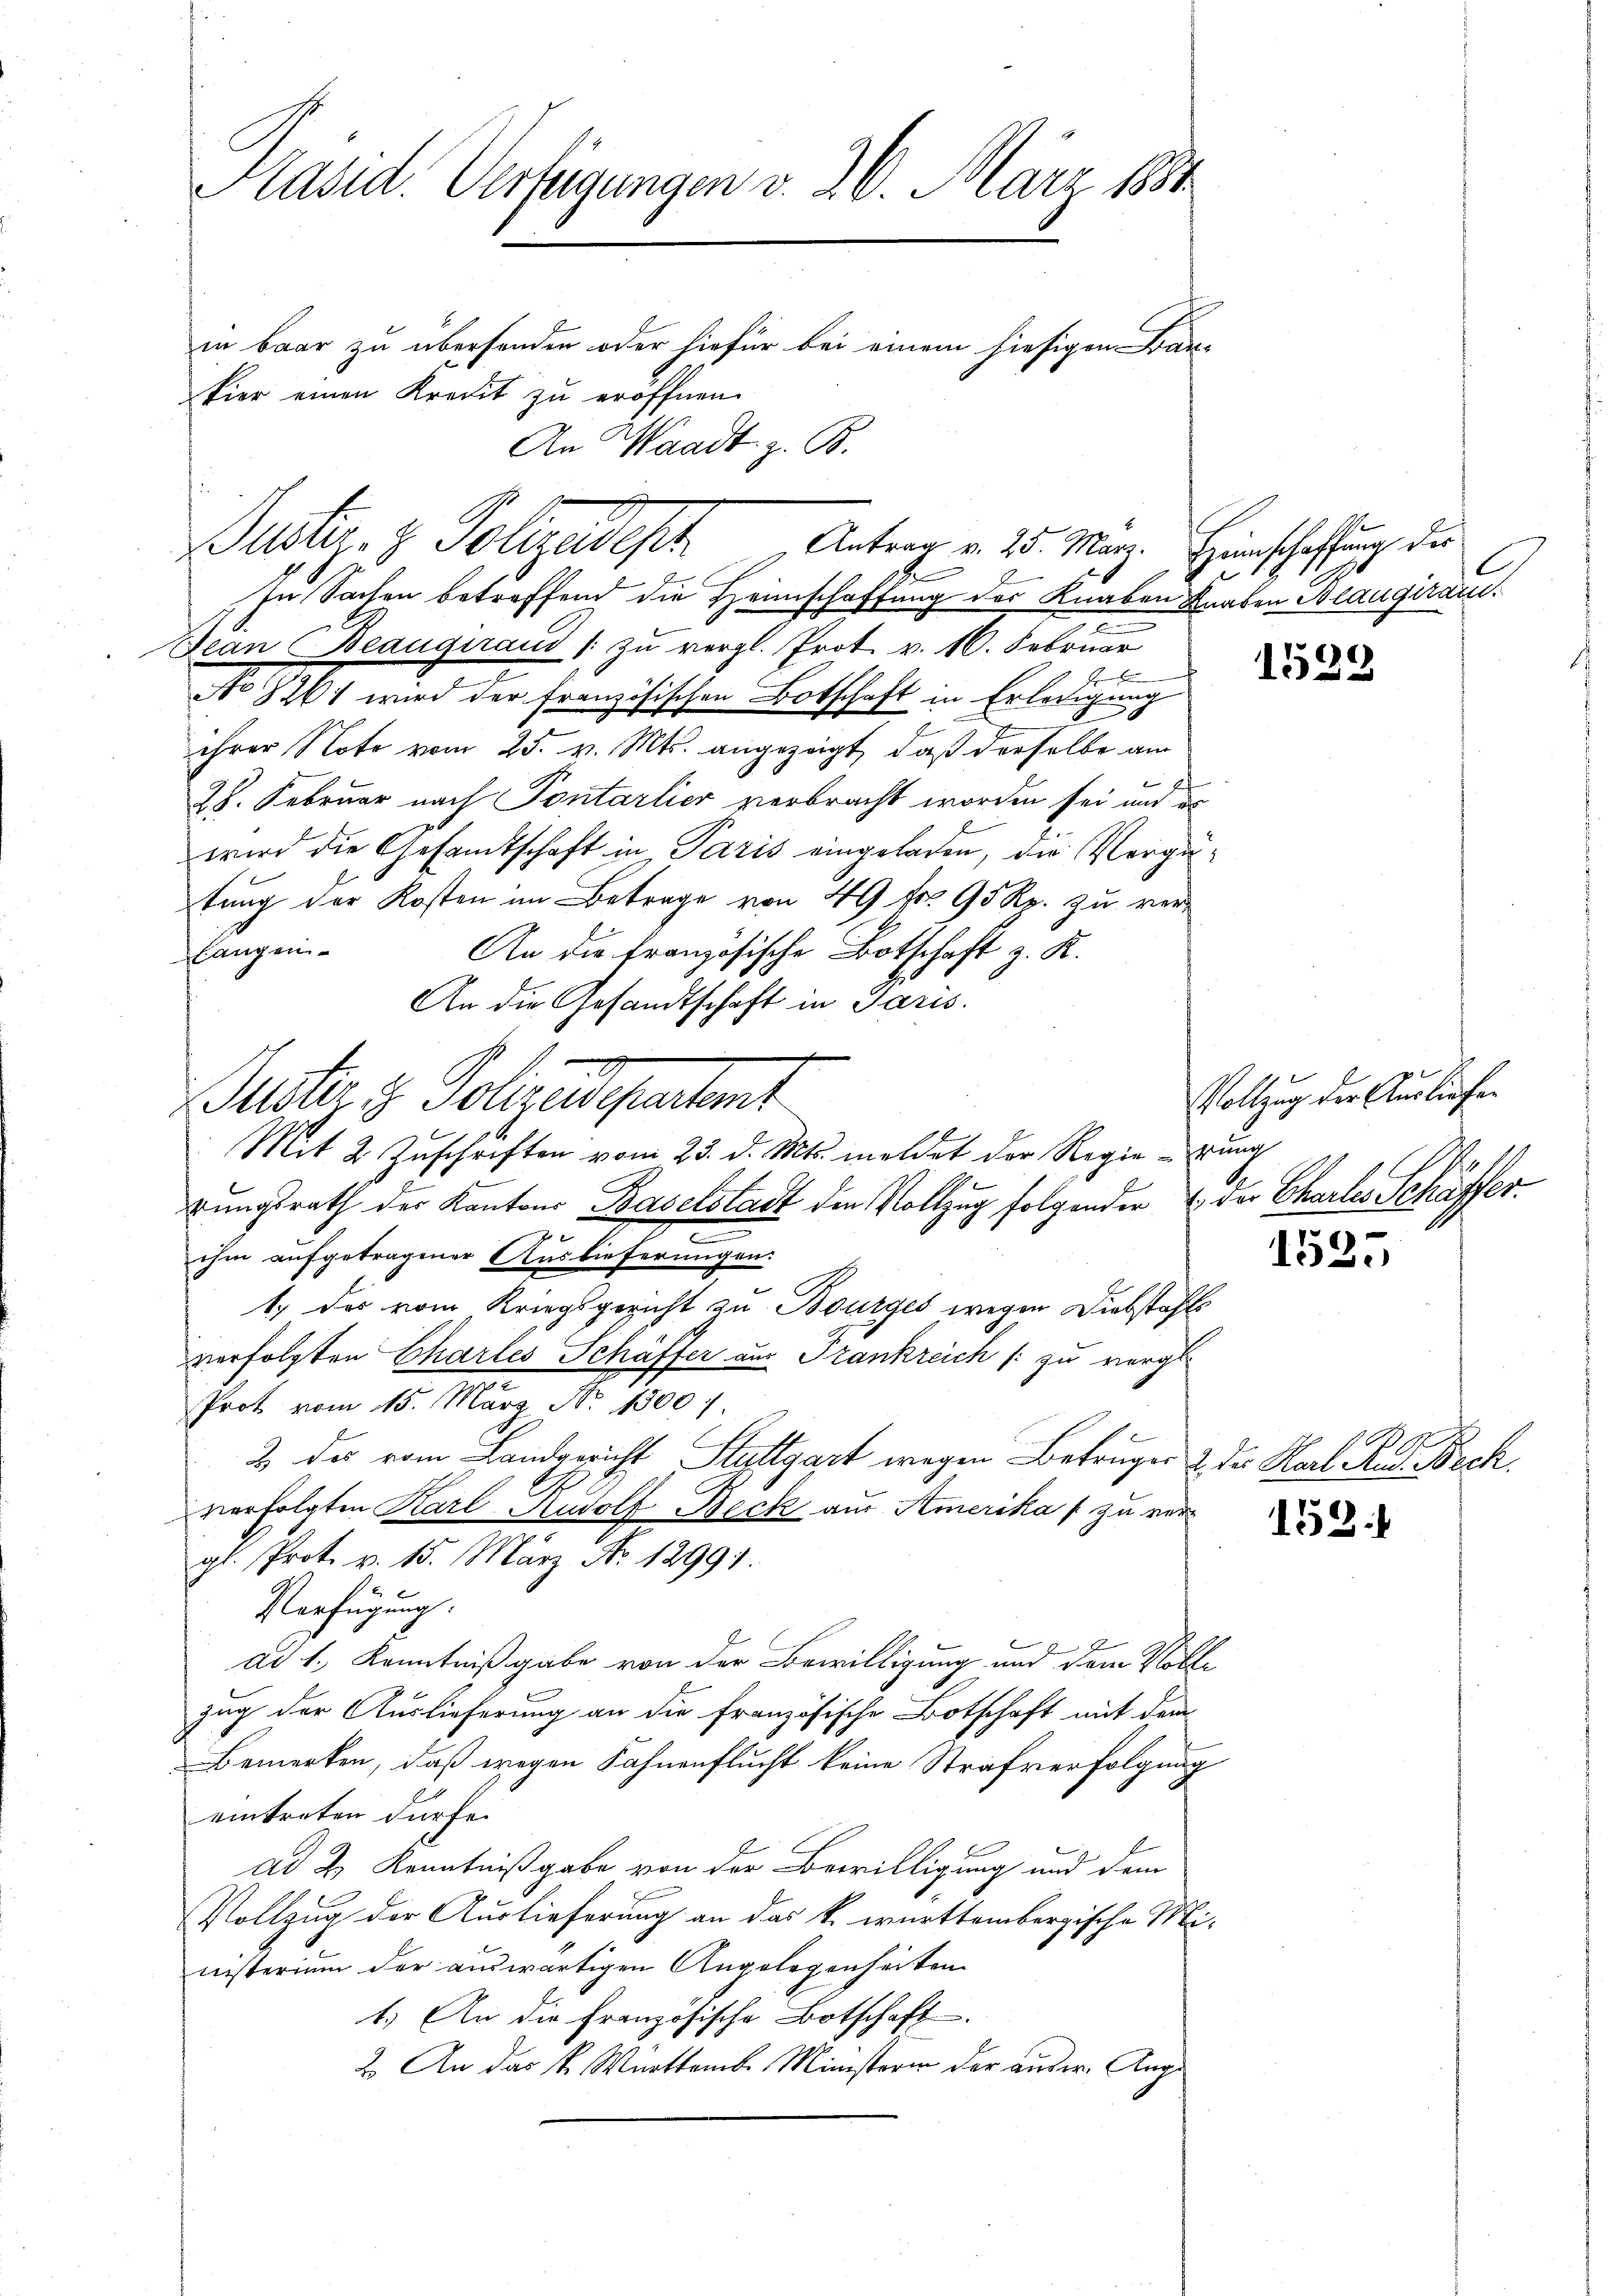
Präsid. Verfügungen v. 26. März 1884
in baar zu überhanden oder hiefür bei einem hiesigen Bau-
Eier einen Kredit zu eröffnen.
An Waadt z. B.

In Sachen betreffend die Heimschaffung des Knaben Knaben Blaugiram.
Jean Beaugurand 1 zu vergl. Prot. v. 16. Februar

No 8261 wird der französischen Botschaft in Erledigung
ihrer Note vom 25. v. Mts. angezeigt, daß derselbe am
28. Februar nach Pontarlier verbracht worden sei und es
wird die Gesandtschaft in Paris eingeladen, die Vergütung der Kosten im Betrage von 49 fr. 95 Rp. zu verlangen
An die französische Botschaft z. K.
An die Gesandtschaft in Paris.
Suter 3. Folgendepartent
Mit 2 Zuschriften vom 23. d. Mts. meldet der Regie durch
gungsrath der Kantons Baselstadt den Vollzug folgenden & der Charler Schäffer¬
.
ihm aufgetragener Auslieferungen.
1.) Das vom Kriegsgericht zu Bourges wegen Diebstähl
verfolgten Chartes Schäffer aus Frankreich /: zu vergl.
Prot vom 15. März No. 15007.
2 des vom Landgericht Stuttgart wegen Betruges & der Karl Rud. Beck
verfolgten Karl Rudolf Beck aus Amerika zu vergl. Prot. v. 15. März No. 12991.
Verfügung.
ad 1., Kenntnißgabe von der Bewilligung und dem Vollzug der Auslieferung an die französische Botschaft mit dem
Bemerken, daß wegen Fahnenflucht keine Strafverfolgung
eintreten dürfe.
ad 2. Kenntnißgabe von der Bewilligung und dem
Vollzug der Auslieferung an das k. württembergische Ministerium der auswärtigen Angelegenheiten
1.) An die französische Botschaft.
2. An das K. Württember Ministerer der auser. Auge

Justiz- & Polizedes Unter v. 25. May. Beinschaffung die

1539

Vollzug der Ausliefen

1535

1531

h